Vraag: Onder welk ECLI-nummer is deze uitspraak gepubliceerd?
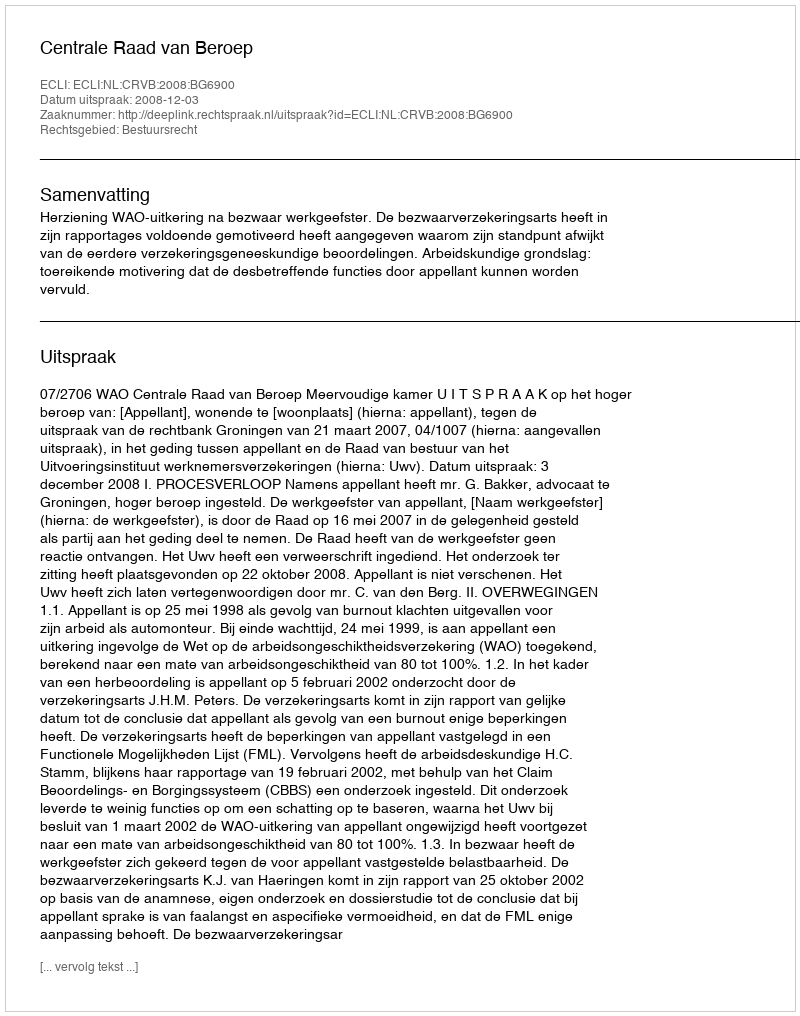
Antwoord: ECLI:NL:CRVB:2008:BG6900